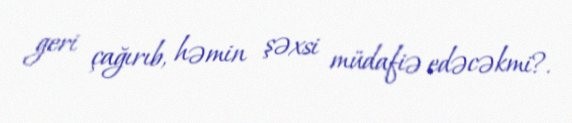
geri çağırıb, həmin şəxsi müdafiə edəcəkmi?.